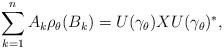
LaTeX: \begin{align*}\sum_{k=1}^nA_k\rho_\theta (B_k)=U(\gamma_\theta)XU(\gamma_\theta)^*,\end{align*}